Vaccination in Bombay 1869-1873 - 1869-1873
Year: 1869
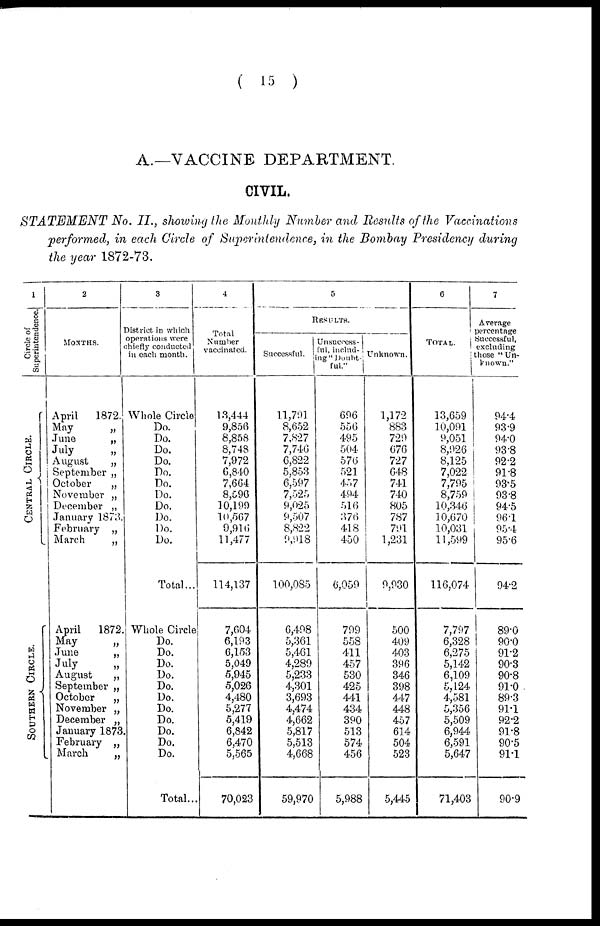
(
15
)
A.—VACCINE DEPARTMENT.
CIVIL.
STATEMENT
No. II., showing the Monthly Number and Results of the Vaccinations
performed, in each Circle of Superintendence, in the Bombay Presidency during
the year 1872-73.
1
Circle of
Superintendence.
CENTRAL CIRCLE.
SOUTHERN CIRCLE.
2
MONTHS.
April 1872.
May
„
June
„
July
„
August
„
September „
October
„
November „
December „
January 1873.
February „
March
„
April 1872.
May
„
June
„
July
„
August
„
September „
October
„
November „
December „
January 1873.
February „
March
„
3
District in which
operations were
chiefly conducted
in each month.
Whole Circle
Do.
Do.
Do.
Do.
Do.
Do.
Do.
Do.
Do.
Do.
Do.
Total...
Whole Circle
Do.
Do.
Do.
Do.
Do.
Do.
Do.
Do.
Do.
Do.
Do.
Total..
4
Total
Number
vaccinated.
13,444
9,856
8,858
8,748
7,972
6,840
7,664
8,596
10,199
10,567
9,916
11,477
114,137
7,604
6,193
6,153
5,049
5,945
5,026
4,480
5,277
5,419
6,842
6,470
5,565
70,023
5
RESULTS.
Successful.
11,791
8,652
7,827
7,746
6,822
5,853
6,597
7,525
9,025
9,507
8,822
9,918
100,085
6,498
5,361
5,461
4,289
5,233
4,301
3,693
4,474
4,662
5,817
5,513
4,668
59,970
Unsuccess-
ful, includ-
ing "Doubt-
ful."
696
556
495
504
576
521
457
494
516
376
418
450
6,059
799
558
411
457
530
425
441
434
390
513
574
456
5,988
Unknown.
1,172
883
729
676
727
648
741
740
805
787
791
1,231
9,930
500
409
403
396
346
398
447
448
457
614
504
523
5,445
6
TOTAL.
13,659
10,091
9,051
8,926
8,125
7,022
7,795
8,759
10,346
10,670
10,031
11,599
116,074
7,797
6,328
6,275
5,142
6,109
5,124
4,581
5,356
5,509
6,944
6,591
5,647
71,403
7
Average
percentage
Successful,
excluding
those "Un-
known."
94.4
93.9
94.0
93.8
92.2
91.8
93.5
93.8
94.5
96.1
95.4
95.6
94.2
89.0
90.0
91.2
90.3
90.8
91.0
89.3
91.1
92.2
91.8
90.5
91.1
90.9